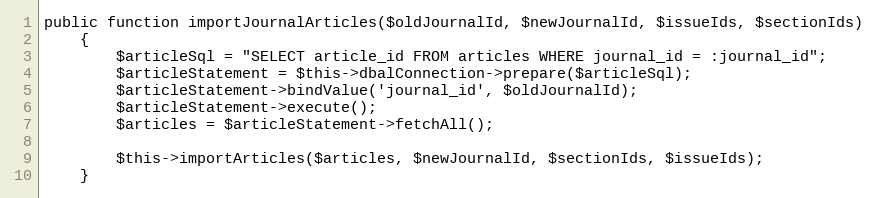
Language: PHP
public function importJournalArticles($oldJournalId, $newJournalId, $issueIds, $sectionIds)
    {
        $articleSql = "SELECT article_id FROM articles WHERE journal_id = :journal_id";
        $articleStatement = $this->dbalConnection->prepare($articleSql);
        $articleStatement->bindValue('journal_id', $oldJournalId);
        $articleStatement->execute();
        $articles = $articleStatement->fetchAll();

        $this->importArticles($articles, $newJournalId, $sectionIds, $issueIds);
    }